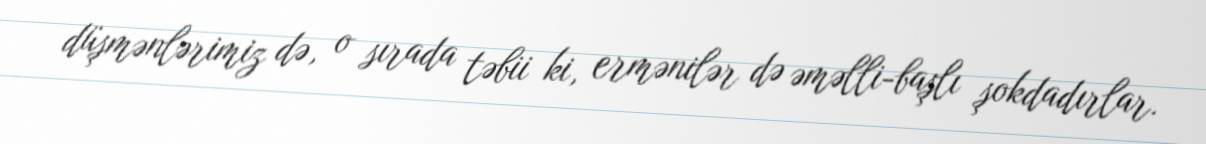
düşmənlərimiz də, o sırada təbii ki, ermənilər də əməlli-başlı şokdadırlar.